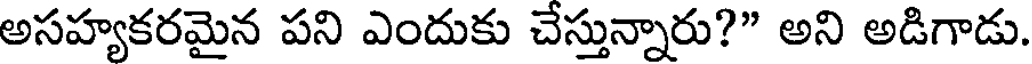
అసహ్యకరమైన పని ఎందుకు చేస్తున్నారు?" అని అడిగాడు.